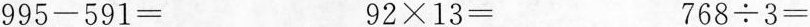
$$9 9 5 - 5 9 1 =$$ $$9 2 \times 1 3 =$$ $$7 6 8 /div 3 =$$